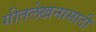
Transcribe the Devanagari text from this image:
गीतलेखनासाठी